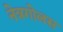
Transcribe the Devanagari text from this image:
नेत्रगोलस